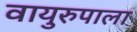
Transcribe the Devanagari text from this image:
वायुरुपाला